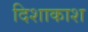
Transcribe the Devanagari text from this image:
दिशाकाश